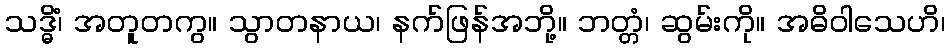
သဒ္ဓိံ၊ အတူတကွ။ သွာတနာယ၊ နက်ဖြန်အဘို့။ ဘတ္တံ၊ ဆွမ်းကို။ အဓိဝါသေဟိ၊